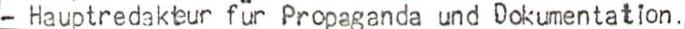
- Hauptredakteur für Propaganda und Dokumentation.